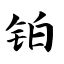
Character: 铂